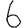
Digit: 6